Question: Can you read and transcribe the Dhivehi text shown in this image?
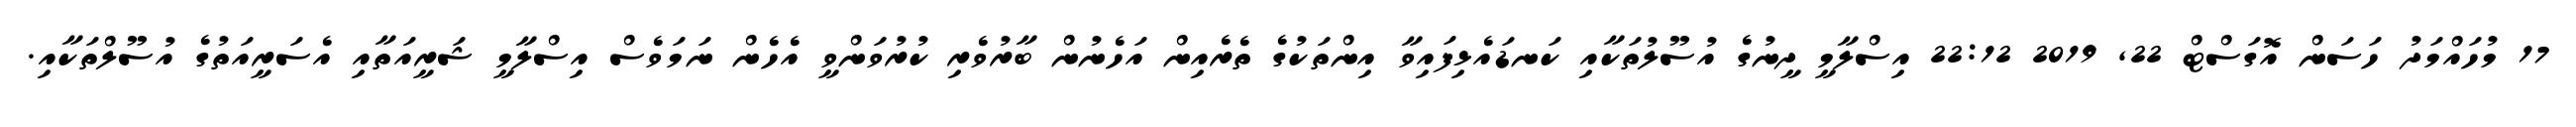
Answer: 17 މުހައްމަދު ހަސަން އޮގަސްޓް 22, 2019 22:12 އިސްލާމީ ދީނުގެ އުސޫލުތަކާއި ކަނޑައެޅިފައިވާ އިންތަކުގެ ތެރެއިން އަހެނުން ބާރުވެރި ކުރުވަންވީ އެހެން ނަމަވެސް އިސްލާމީ ޝަރީއަތާއި އެސަރީއަތުގެ އުސޫލްތަކާއި.